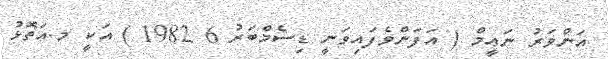
އަންވަރު ނަޢީމް ( އަފަންވެފައިވަނީ ޑިސެމްބަރު 6 1982 ) އަކީ މ.އަތޮޅު